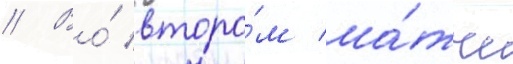
// Во́ второ́м ма́тче